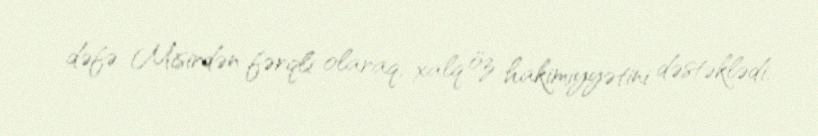
dəfə Misirdən fərqli olaraq, xalq öz hakimiyyətini dəstəklədi.